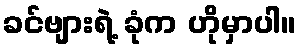
ခင်ဗျားရဲ့ ခုံက ဟိုမှာပါ။